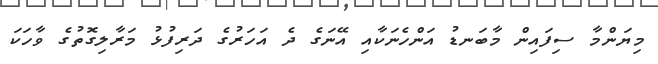
މިޔަންމާ ސިފައިން މާބަނޑު އަންހެނަކާއި އޭނަގެ ދެ އަހަރުގެ ދަރިފުޅު މަރާލިގޮތުގެ ވާހަކަ